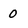
Character: 0